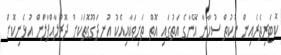
ކޮޓަރިތެރެއިން ނުކުތް ސުހާނާ އޭނާގެ އަތުގައި އޮތް ތަށިތަކާއިއެކު އުނދަގޫގޮތަކަށް ދޮރުލާއްޕާލަން އުޅެނިކޮށް